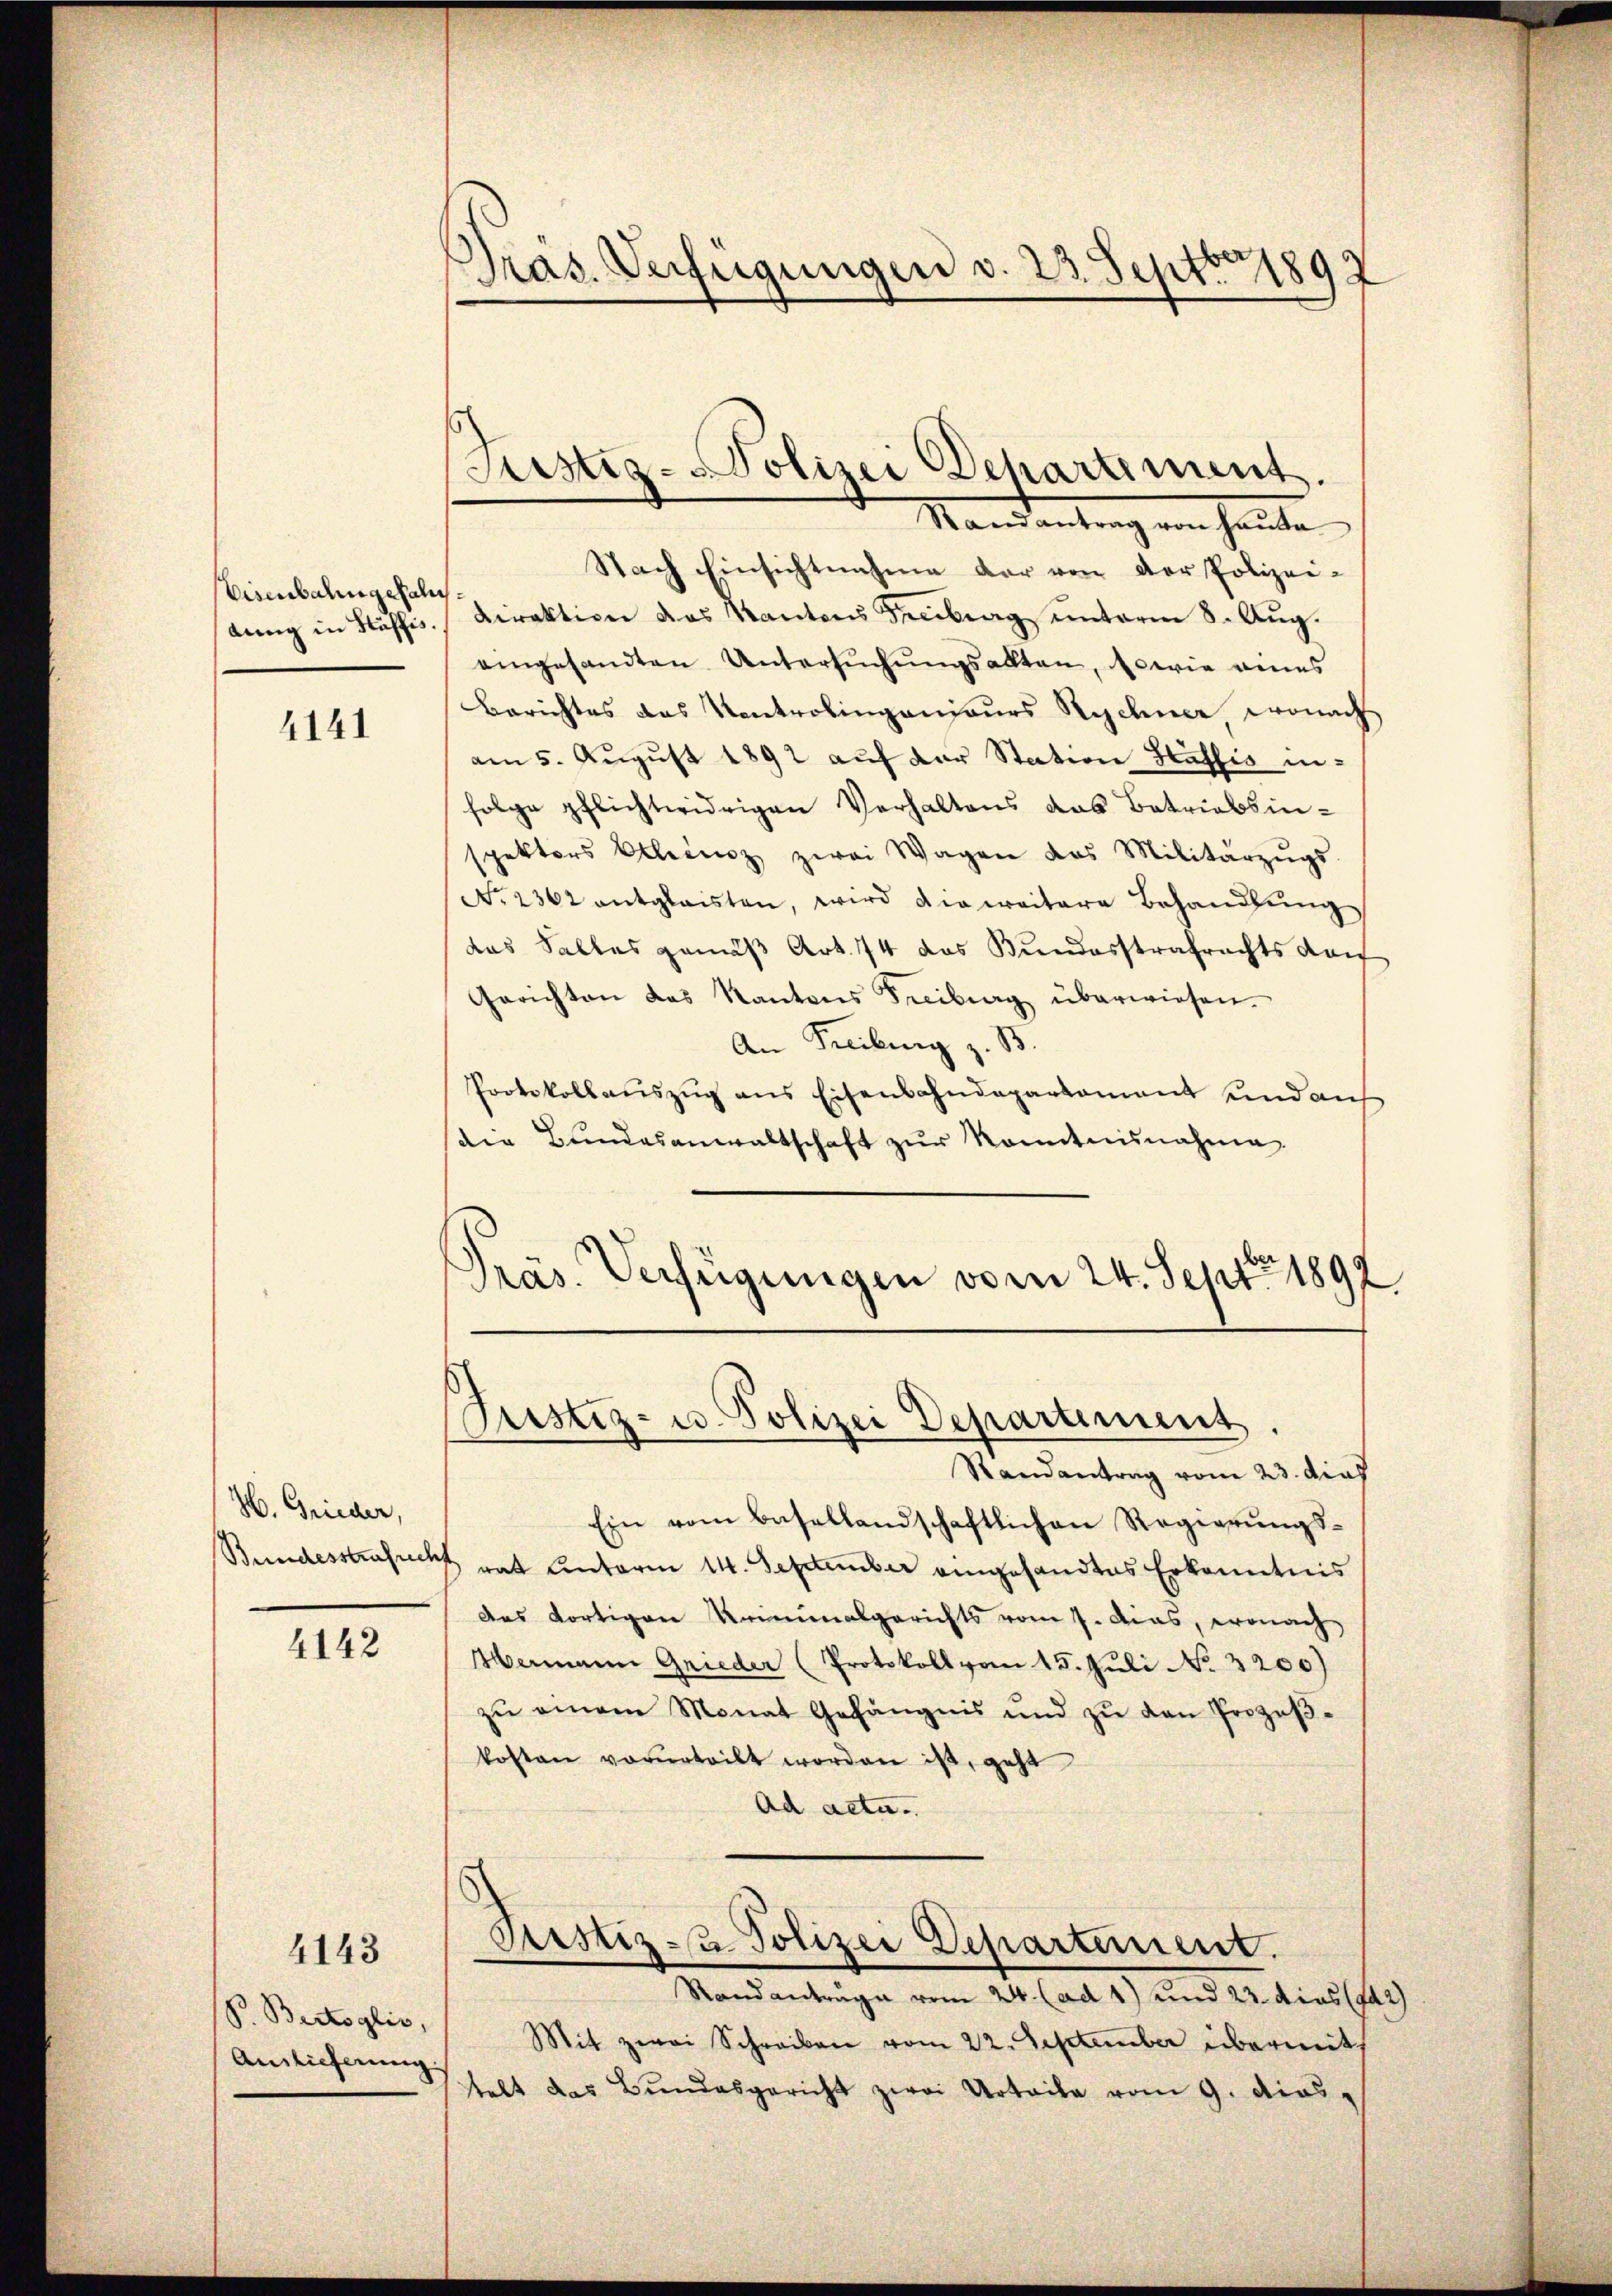
Eisenbahngefalls

4141

H. Grieder,

4142

4143

S. Bertoglio,
Auslieferung

Präs. Verfügungen v. 23. Septbr 1892

Mandantrag von heute
Nach Einsichtnahme der von der Polizei-
dung in Stäffis. Direktion das Kantons Freiburg unterm 8. Aug.
eingesandten Untersŭchŭngsalten, sowie eines
Berichtes das Kontrolingenieurs Rychner, wonach
am 5. August 1892 auf der Station Stäffis infolge pflichtwidrigen Verhaltens das Betriebsin-
spektors Allerenz zwei Wagen das Militärzŭgs
No. 2362 entglaisten, wird die weitere Behandlŭng
das Salles gemäß Art. 74 das Bundesstrafrachts darf
Gerichten das Kantons Freiburg überwiesen.
An Freiburg z. B.
Protokollaŭszŭg ans Eisenbahndepartament und auf
die Bundesanwaltschaft zŭr Kenntnisnahme
Präs. Verfügungen vom 24. Sept. 1892

Justiz-Polizei Departement.

Justiz- u. Polizei Departement

Randantrag vom 23. dies
Ein vom Basellandschaftlichen Regierungs¬
Bundesstrafrecht rat Unterm 14. September eingesandtes Erkenntnis
das dortigen Kriminalgerichts vom 7. Das, wonach
Hermann Grieder (Protokoll vom 15. Juli No 3200)
zŭ einem Monat Gefängnis und zŭ den Prozeβ-
kosten vorurteilt worden ist, geht
Ad acta.
e
Justiz - Polizei Departement.
Randanträge vom 24. (ad 1) und 23. dies (142)
Mit zwei Schreiben vom 22. September übermit
telt das Bŭndesgericht zwai Urteile vom 9. dies